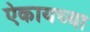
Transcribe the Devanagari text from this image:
ऐकायच्या